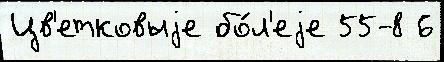
Цв'етковыjе бо́л'еjе 55-8 6